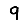
Digit: 9